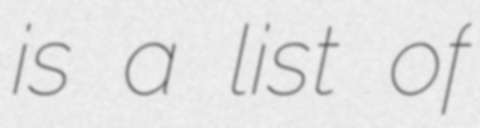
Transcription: is a list of